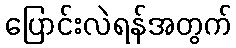
ပြောင်းလဲရန်အတွက်